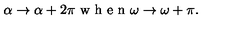
\alpha \rightarrow \alpha + 2 \pi \textrm { w h e n } \omega \rightarrow \omega + \pi .